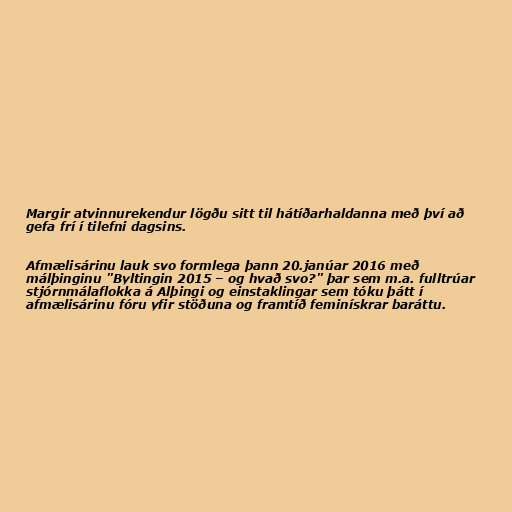
Margir atvinnurekendur lögðu sitt til hátíðarhaldanna með því að
gefa frí í tilefni dagsins.

Afmælisárinu lauk svo formlega þann 20.janúar 2016 með
málþinginu "Byltingin 2015 – og hvað svo?" þar sem m.a. fulltrúar
stjórnmálaflokka á Alþingi og einstaklingar sem tóku þátt í
afmælisárinu fóru yfir stöðuna og framtíð feminískrar baráttu.